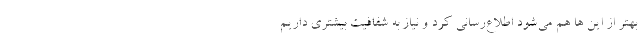
بهتر از این ها هم می‌شود اطلاع‌رسانی کرد و نیاز به شفافیت بیشتری داریم